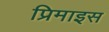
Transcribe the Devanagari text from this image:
प्रिमाइस